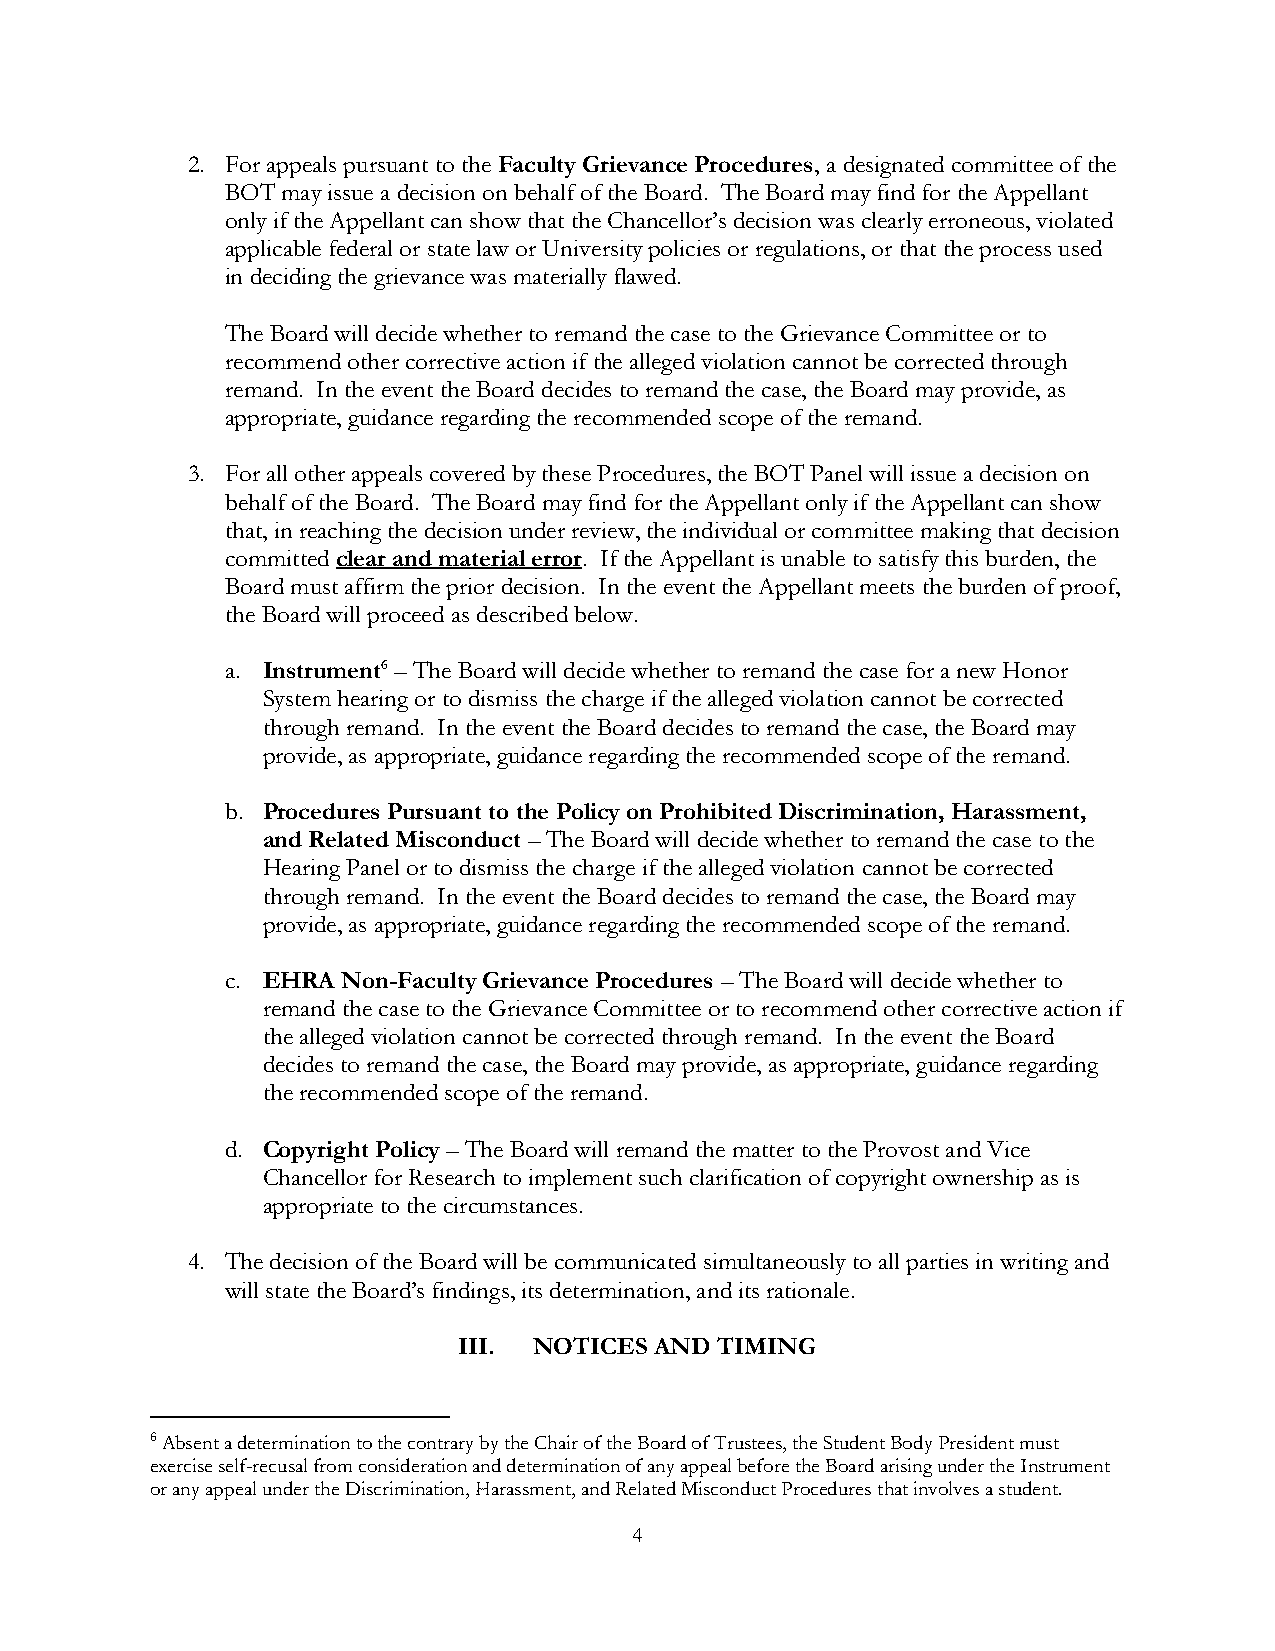
2. For appeals pursuant to the Faculty Grievance Procedures, a designated committee of the
 BOT may issue a decision on behalf of the Board. The Board may find for the Appellant
 only if the Appellant can show that the Chancellor’s decision was clearly erroneous, violated
 applicable federal or state law or University policies or regulations, or that the process used
 in deciding the grievance was materially flawed.
 The Board will decide whether to remand the case to the Grievance Committee or to
 recommend other corrective action if the alleged violation cannot be corrected through
 remand. In the event the Board decides to remand the case, the Board may provide, as
 appropriate, guidance regarding the recommended scope of the remand.
 3. For all other appeals covered by these Procedures, the BOT Panel will issue a decision on
 behalf of the Board. The Board may find for the Appellant only if the Appellant can show
 that, in reaching the decision under review, the individual or committee making that decision
 committed clear and material error. If the Appellant is unable to satisfy this burden, the
 Board must affirm the prior decision. In the event the Appellant meets the burden of proof,
 the Board will proceed as described below.
 a. Instrument6 – The Board will decide whether to remand the case for a new Honor
 System hearing or to dismiss the charge if the alleged violation cannot be corrected
 through remand. In the event the Board decides to remand the case, the Board may
 provide, as appropriate, guidance regarding the recommended scope of the remand.
 b. Procedures Pursuant to the Policy on Prohibited Discrimination, Harassment,
 and Related Misconduct – The Board will decide whether to remand the case to the
 Hearing Panel or to dismiss the charge if the alleged violation cannot be corrected
 through remand. In the event the Board decides to remand the case, the Board may
 provide, as appropriate, guidance regarding the recommended scope of the remand.
 c. EHRA Non-Faculty Grievance Procedures – The Board will decide whether to
 remand the case to the Grievance Committee or to recommend other corrective action if
 the alleged violation cannot be corrected through remand. In the event the Board
 decides to remand the case, the Board may provide, as appropriate, guidance regarding
 the recommended scope of the remand.
 d. Copyright Policy – The Board will remand the matter to the Provost and Vice
 Chancellor for Research to implement such clarification of copyright ownership as is
 appropriate to the circumstances.
 4. The decision of the Board will be communicated simultaneously to all parties in writing and
 will state the Board’s findings, its determination, and its rationale.
 III. NOTICES AND  TIMING
 6 Absent a determination to the contrary by the Chair of the Board of Trustees, the Student Body President must
 exercise self-recusal from consideration and determination of any appeal before the Board arising under the Instrument
 or any appeal under the Discrimination, Harassment, and Related Misconduct Procedures that involves a student.
 4